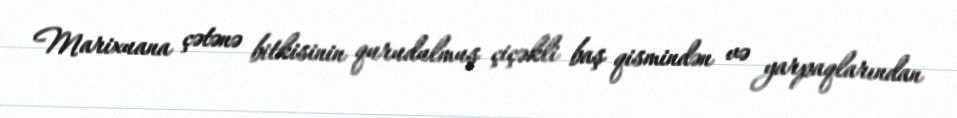
Marixuana çətənə bitkisinin qurudulmuş çiçəkli baş qismindən və yarpaqlarından